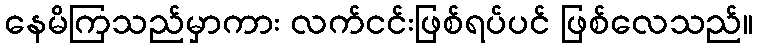
နေမိကြသည်မှာကား လက်ငင်းဖြစ်ရပ်ပင် ဖြစ်လေသည်။